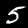
Digit: 5